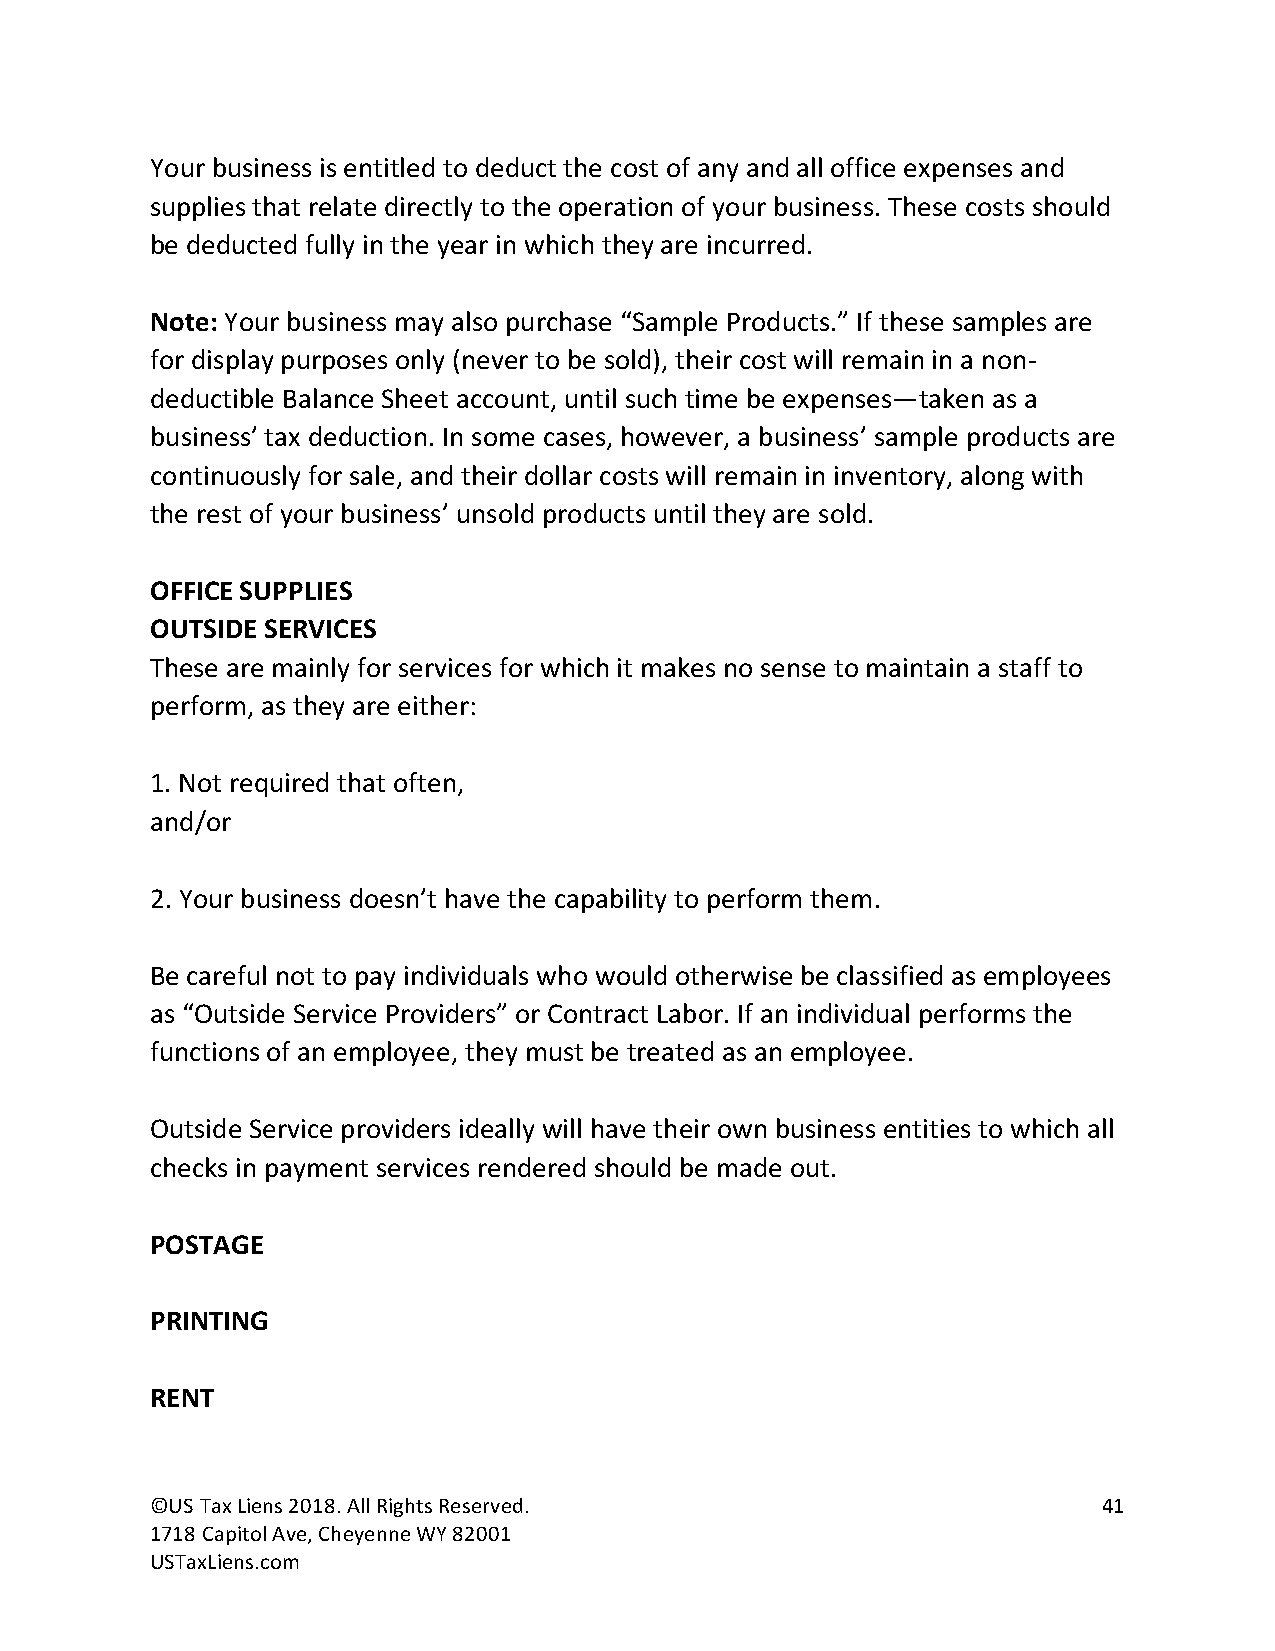
Your business is entitled to deduct the cost of any and all office expenses and
 supplies that relate directly to the operation of your business. These costs should
 be deducted fully in the year in which they are incurred.
 Note: Your business may also purchase “Sample Products.” If these samples are
 for display purposes only (never to be sold), their cost will remain in a non-
 deductible Balance Sheet account, until such time be expenses—taken as a
 business’ tax deduction. In some cases, however, a business’ sample products are
 continuously for sale, and their dollar costs will remain in inventory, along with
 the rest of your business’ unsold products until they are sold.
 OFFICE SUPPLIES
 OUTSIDE SERVICES
 These are mainly for services for which it makes no sense to maintain a staff to
 perform, as they are either:
 1. Not required that often,
 and/or
 2. Your business doesn’t have the capability to perform them.
 Be careful not to pay individuals who would otherwise be classified as employees
 as “Outside Service Providers” or Contract Labor. If an individual performs the
 functions of an employee, they must be treated as an employee.
 Outside Service providers ideally will have their own business entities to which all
 checks in payment services rendered should be made out.
 POSTAGE
 PRINTING
 RENT
 ©US Tax Liens 2018. All Rights Reserved.                       41
 1718 Capitol Ave, Cheyenne WY 82001
 USTaxLiens.com